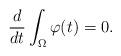
LaTeX: \begin{align*} \frac{d}{dt} \int_{\Omega} \varphi(t) = 0.\end{align*}